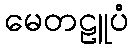
မေတဠူပံ